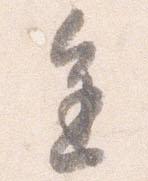
進